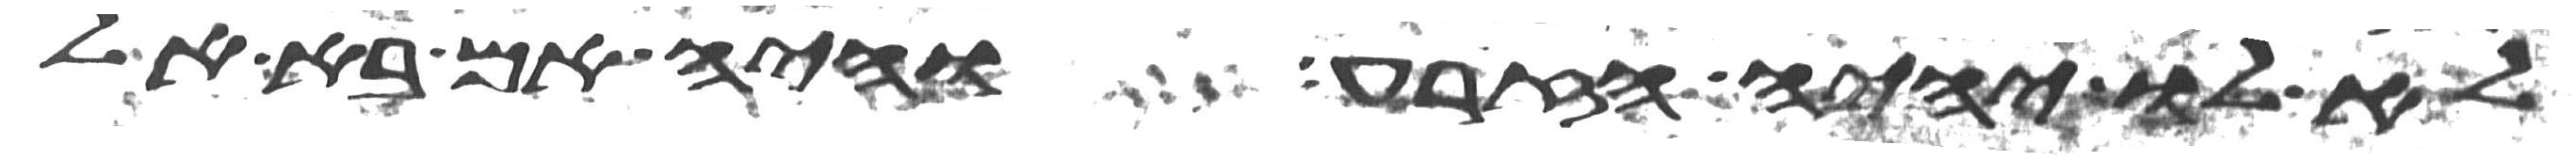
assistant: לא לו יהיה הזרע והיה אם בא אל